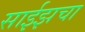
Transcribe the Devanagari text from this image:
साईझचा